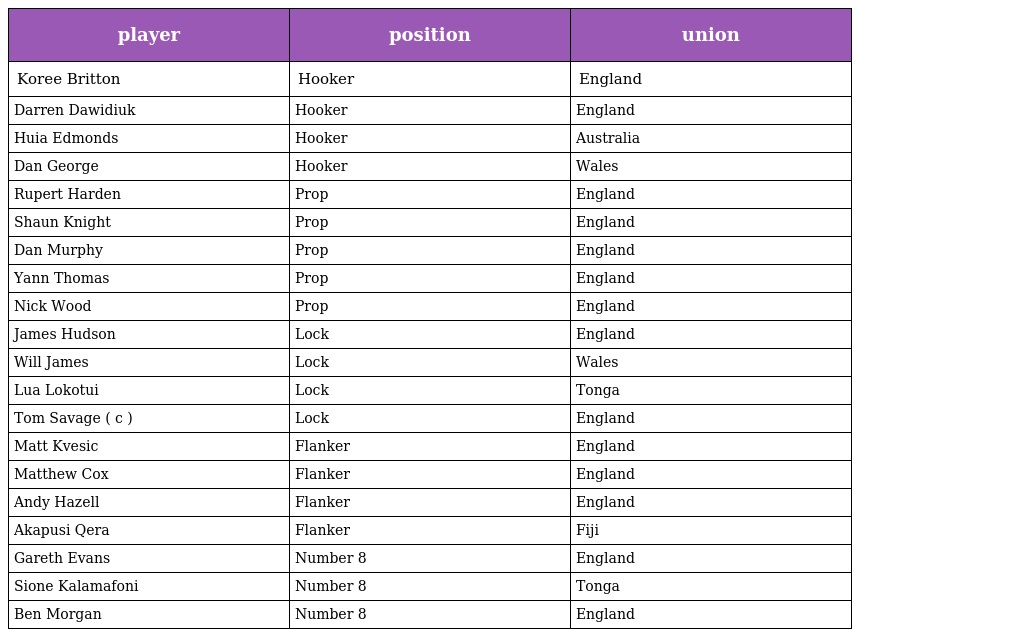
| player | position | union |
 | --- | --- | --- |
 | Koree Britton | Hooker | England |
 | Darren Dawidiuk | Hooker | England |
 | Huia Edmonds | Hooker | Australia |
 | Dan George | Hooker | Wales |
 | Rupert Harden | Prop | England |
 | Shaun Knight | Prop | England |
 | Dan Murphy | Prop | England |
 | Yann Thomas | Prop | England |
 | Nick Wood | Prop | England |
 | James Hudson | Lock | England |
 | Will James | Lock | Wales |
 | Lua Lokotui | Lock | Tonga |
 | Tom Savage ( c ) | Lock | England |
 | Matt Kvesic | Flanker | England |
 | Matthew Cox | Flanker | England |
 | Andy Hazell | Flanker | England |
 | Akapusi Qera | Flanker | Fiji |
 | Gareth Evans | Number 8 | England |
 | Sione Kalamafoni | Number 8 | Tonga |
 | Ben Morgan | Number 8 | England |